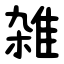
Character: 雑